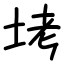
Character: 㘼